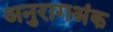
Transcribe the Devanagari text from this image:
अनुरागअंक